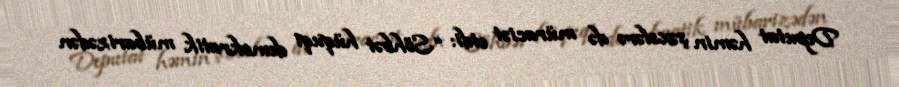
Deputat həmin şəxslərə də müraciət etdi: “Söhbət hüquqi demokratik mübarizədən